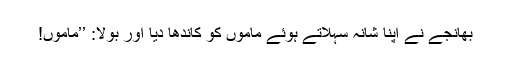
بھانجے نے اپنا شانہ سہلاتے ہوئے ماموں کو کاندھا دیا اور بولا: ’’ماموں!